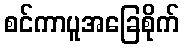
စင်ကာပူအခြေစိုက်